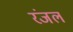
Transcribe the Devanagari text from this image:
रंजल